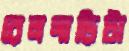
রেলগাড়িটা